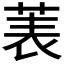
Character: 𫈒